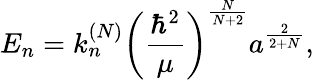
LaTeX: E_{n}=k_{n}^{(N)}\left(\frac{\hbar^{2}}\mu\right)^{\frac N{N+2}}a^{\frac 2{2+N}},